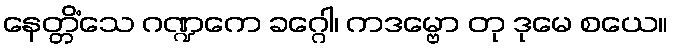
နေတ္တိံသေ ဂဏ္ဍကေ ခဂ္ဂေါ၊ ကဒမ္ဗော တု ဒုမေ စယေ။